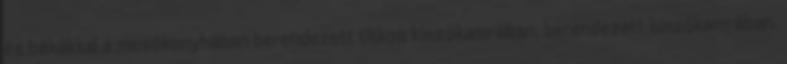
és békákkal a mosókonyhában berendezett titkos kínzókamrában. berendezett kínzókamrában.